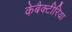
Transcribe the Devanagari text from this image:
केबैक्टीरिया